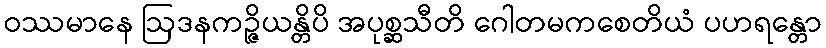
ဝဿမာနေ ဩဒနကဉ္ဇိယန္တိပိ အပုစ္ဆသီတိ ဂေါတမကစေတိယံ ပဟရန္တော